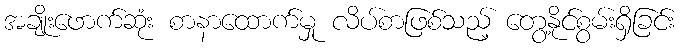
အချိုးဖောက်ဆုံး စာနာထောက်မှု လိပ်စာဖြစ်သည့် တွေ့နိုင်စွမ်းရှိခြင်း